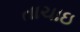
તાચાઇ